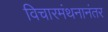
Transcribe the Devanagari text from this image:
विचारमंथनानंतर